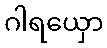
ဂါရယှော